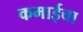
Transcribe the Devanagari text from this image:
कमाईचा